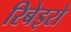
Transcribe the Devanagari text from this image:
रिबेइरो